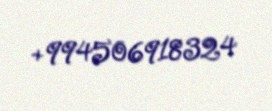
+994506918324